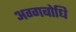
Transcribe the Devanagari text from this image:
अग्गबोधि